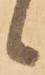
候